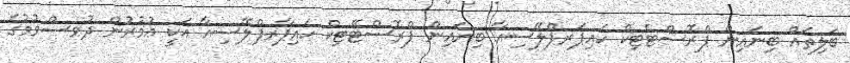
ބަލިތައް ބިނައިން ޕްރޮސްޓެޓިކް ހައިޕަރޕްލޭސިއާ ބިނައިން ޕްރޮސްޓޭޓިކް ހައިޕާރޕްލޭސިއާ އަކީ ޢުމުރުން ދުވސްވުމުގެ